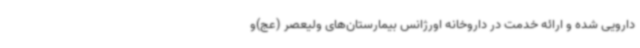
دارویی شده و ارائه خدمت در داروخانه اورژانس بیمارستان‌های ولیعصر (عج)و